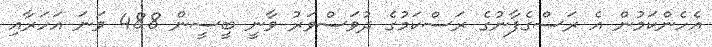
އެހެންކަމުން އެ ރަސްގެފާނުގެ ރަސްކަމުގެ ދުވަސްވަރު ވާނީ ބީސީން 488 ވަނަ އަހަރާއި